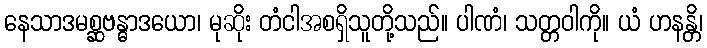
နေသာဒမစ္ဆဗန္ဓာဒယော၊ မုဆိုး တံငါအစရှိသူတို့သည်။ ပါဏံ၊ သတ္တဝါကို။ ယံ ဟနန္တိ၊